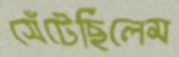
সেঁটেছিলেম